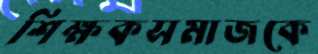
শিক্ষকসমাজকে